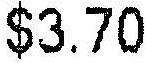
$3.70